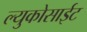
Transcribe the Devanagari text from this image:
ल्युकोसाईट